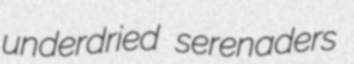
underdried serenaders